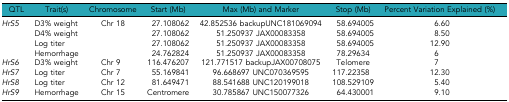
<table><thead><tr><td><b>QTL</b></td><td><b>Trait(s)</b></td><td><b>Chromosome</b></td><td><b>Start (Mb)</b></td><td><b>Max (Mb) and Marker</b></td><td><b>Stop (Mb)</b></td><td><b>Percent Variation Explained (%)</b></td></tr></thead><tbody><tr><td><i>HrS5</i></td><td>D3% weight</td><td>Chr 18</td><td>27.108062</td><td>42.852536 backupUNC181069094</td><td>58.694005</td><td>6.60</td></tr><tr><td></td><td>D4% weight</td><td></td><td>27.108062</td><td>51.250937 JAX00083358</td><td>58.694005</td><td>8.50</td></tr><tr><td></td><td>Log titer</td><td></td><td>27.108062</td><td>51.250937 JAX00083358</td><td>58.694005</td><td>12.90</td></tr><tr><td></td><td>Hemorrhage</td><td></td><td>24.762824</td><td>51.250937 JAX00083358</td><td>78.29634</td><td>6</td></tr><tr><td><i>HrS6</i></td><td>D3% weight</td><td>Chr 9</td><td>116.476207</td><td>121.771517 backupJAX00708075</td><td>Telomere</td><td>7</td></tr><tr><td><i>HrS7</i></td><td>Log titer</td><td>Chr 7</td><td>55.169841</td><td>96.668697 UNC070369595</td><td>117.22358</td><td>12.30</td></tr><tr><td><i>HrS8</i></td><td>Log titer</td><td>Chr 12</td><td>81.649471</td><td>88.541688 UNC120199018</td><td>108.529109</td><td>5.40</td></tr><tr><td><i>HrS9</i></td><td>Hemorrhage</td><td>Chr 15</td><td>Centromere</td><td>30.785867 UNC150077326</td><td>64.430001</td><td>9.10</td></tr></tbody></table>